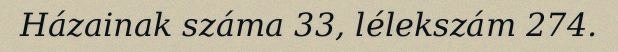
Házainak száma 33, lélekszám 274.